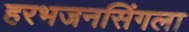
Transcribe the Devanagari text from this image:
हरभजनसिंगला